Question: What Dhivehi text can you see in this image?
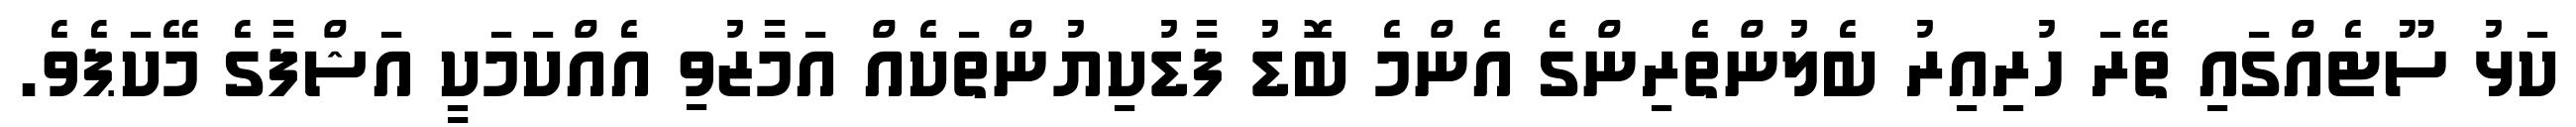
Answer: ކަޅު ސޫޓެއްގައި ތޭރަ ހުރިއިރު ބެލުންތެރިންގެ އެންމެ ބޮޑު ފާޑުކިޔުންތަކެއް އަމާޒުވި އެއްކަމަކީ އަޝްފާގެ މޭކަޕެވެ.